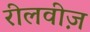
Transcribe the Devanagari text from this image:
रीलवीज़